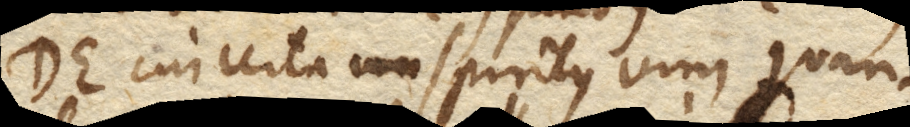
DE. cui certa spiritus vini quan–